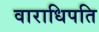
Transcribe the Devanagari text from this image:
वाराधिपति